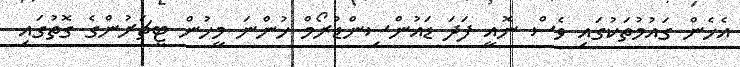
އެހެން ގައުމުތަކުގައި ވެސް ނޮއީ ފަދަ ޑައުންސިންޑުރޯމް ހުންނަ މީހުން ޓީޗަރުންގެ ގޮތުގައި